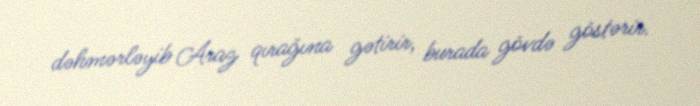
dəhmərləyib Araz qırağına gətirir, burada gövdə göstərir.